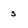
Character: s